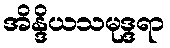
အိန္ဒိယသမုဒ္ဒရာ